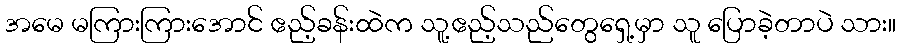
အမေ မကြားကြားအောင် ဧည့်ခန်းထဲက သူ့ဧည့်သည်တွေရှေ့မှာ သူ ပြောခဲ့တာပဲ သား။